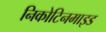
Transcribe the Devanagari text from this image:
निकोटिनमाइड